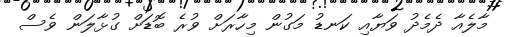
މާލެއާ ދެމެދު ވަޔާއި ކަނޑު މަގުން މިހާރަށް ވުރެ ބޮޑަށް ގުޅާލަން ވެސް